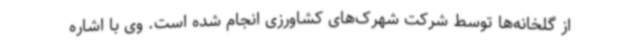
از گلخانه‌ها توسط شرکت شهرک‌های کشاورزی انجام شده است. وی با اشاره